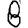
Digit: 8